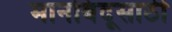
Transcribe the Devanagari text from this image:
मानबिंदूसाठी